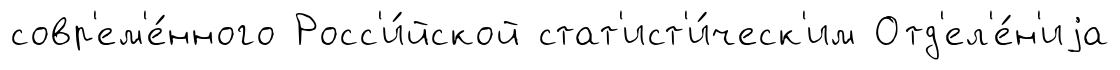
совр'ем'е́нного Росс'и́йской стат'ист'и́ческ'им Отд'ел'е́н'иjа